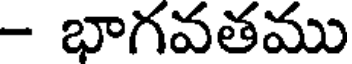
- భాగవతము